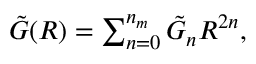
\begin{array} { r } { \tilde { G } ( R ) = \sum _ { n = 0 } ^ { n _ { m } } \tilde { G } _ { n } R ^ { 2 n } , } \end{array}